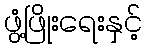
ဖွံ့ဖြိုးရေးနှင့်